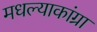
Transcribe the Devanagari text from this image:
मधल्याकांग्रा